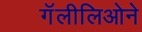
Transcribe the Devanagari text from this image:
गॅलीलिओने